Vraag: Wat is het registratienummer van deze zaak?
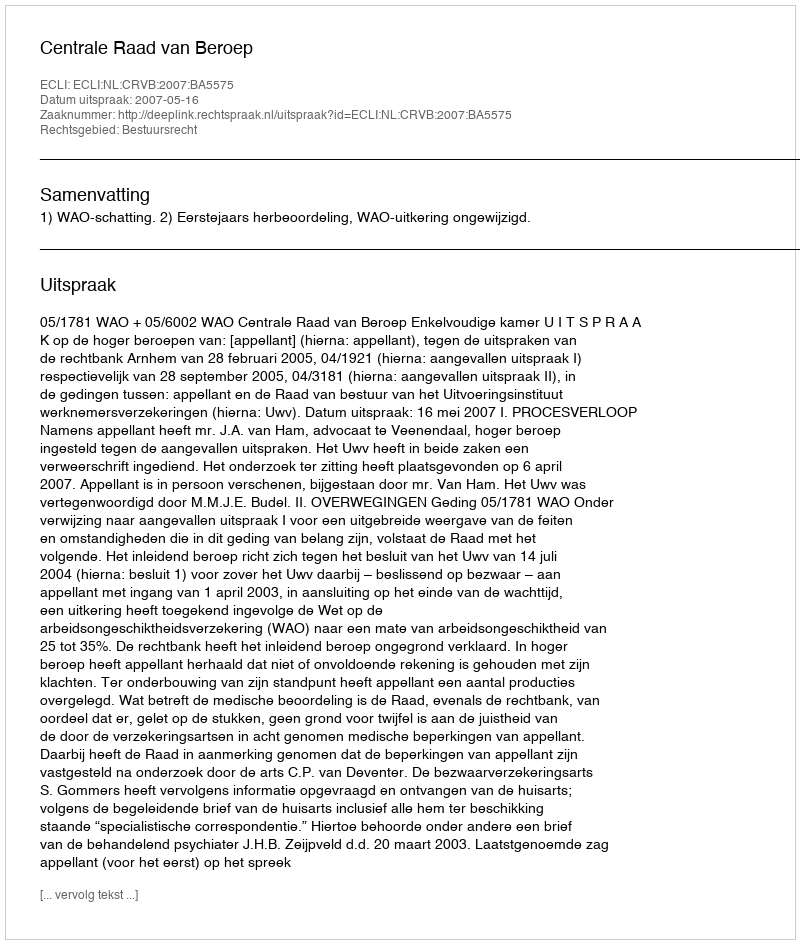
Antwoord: http://deeplink.rechtspraak.nl/uitspraak?id=ECLI:NL:CRVB:2007:BA5575